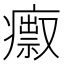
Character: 𤺅